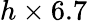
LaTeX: h\times 6.7